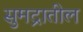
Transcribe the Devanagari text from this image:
सुमद्रातील